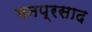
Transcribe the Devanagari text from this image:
मनप्रसाद